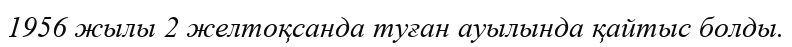
1956 жылы 2 желтоқсанда туған ауылында қайтыс болды.